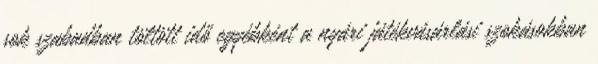
sok szabadban töltött idő egyébként a nyári játékvásárlási szokásokban